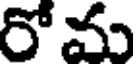
రో మ